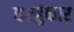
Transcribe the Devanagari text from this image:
वज्रहुंकार